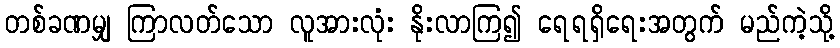
တစ်ခဏမျှ ကြာလတ်သော လူအားလုံး နိုးလာကြ၍ ရေရရှိရေးအတွက် မည်ကဲ့သို့